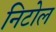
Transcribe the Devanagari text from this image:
निटोल